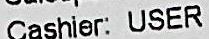
CASHIER: USER